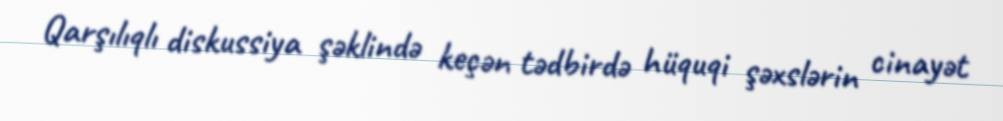
Qarşılıqlı diskussiya şəklində keçən tədbirdə hüquqi şəxslərin cinayət